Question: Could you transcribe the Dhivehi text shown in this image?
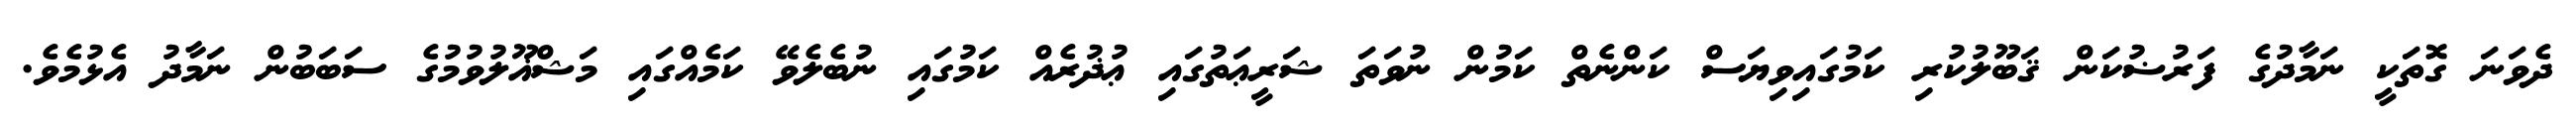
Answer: ދެވަނަ ގޮތަކީ ނަމާދުގެ ފަރުޟުކަން ޤަބޫލުކުރި ކަމުގައިވިޔަސް ކަންނެތް ކަމުން ނުވަތަ ޝަރީޢަތުގައި ޢުޛުރެއް ކަމުގައި ނުބެލެވޭ ކަމެއްގައި މަޝްޣޫލުވުމުގެ ސަބަބުން ނަމާދު އެޅުމެވެ.